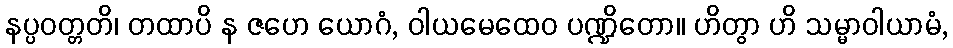
နပ္ပဝတ္တတိ၊ တထာပိ န ဇဟေ ယောဂံ, ဝါယမေထေဝ ပဏ္ဍိတော။ ဟိတွာ ဟိ သမ္မာဝါယာမံ,